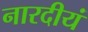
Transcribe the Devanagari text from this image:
नारदीयं